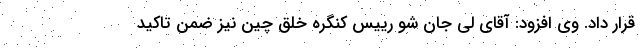
قرار داد. وی افزود: آقای لی جان شو رییس کنگره خلق چین نیز ضمن تاکید